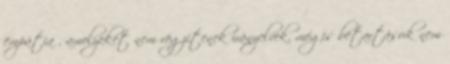
empátia , amelyeket nem rögzítenek irányelvek, mégis betartásuk nem